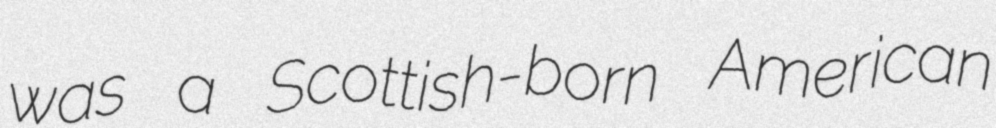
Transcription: was a Scottish-born American